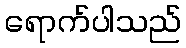
ရောက်ပါသည်